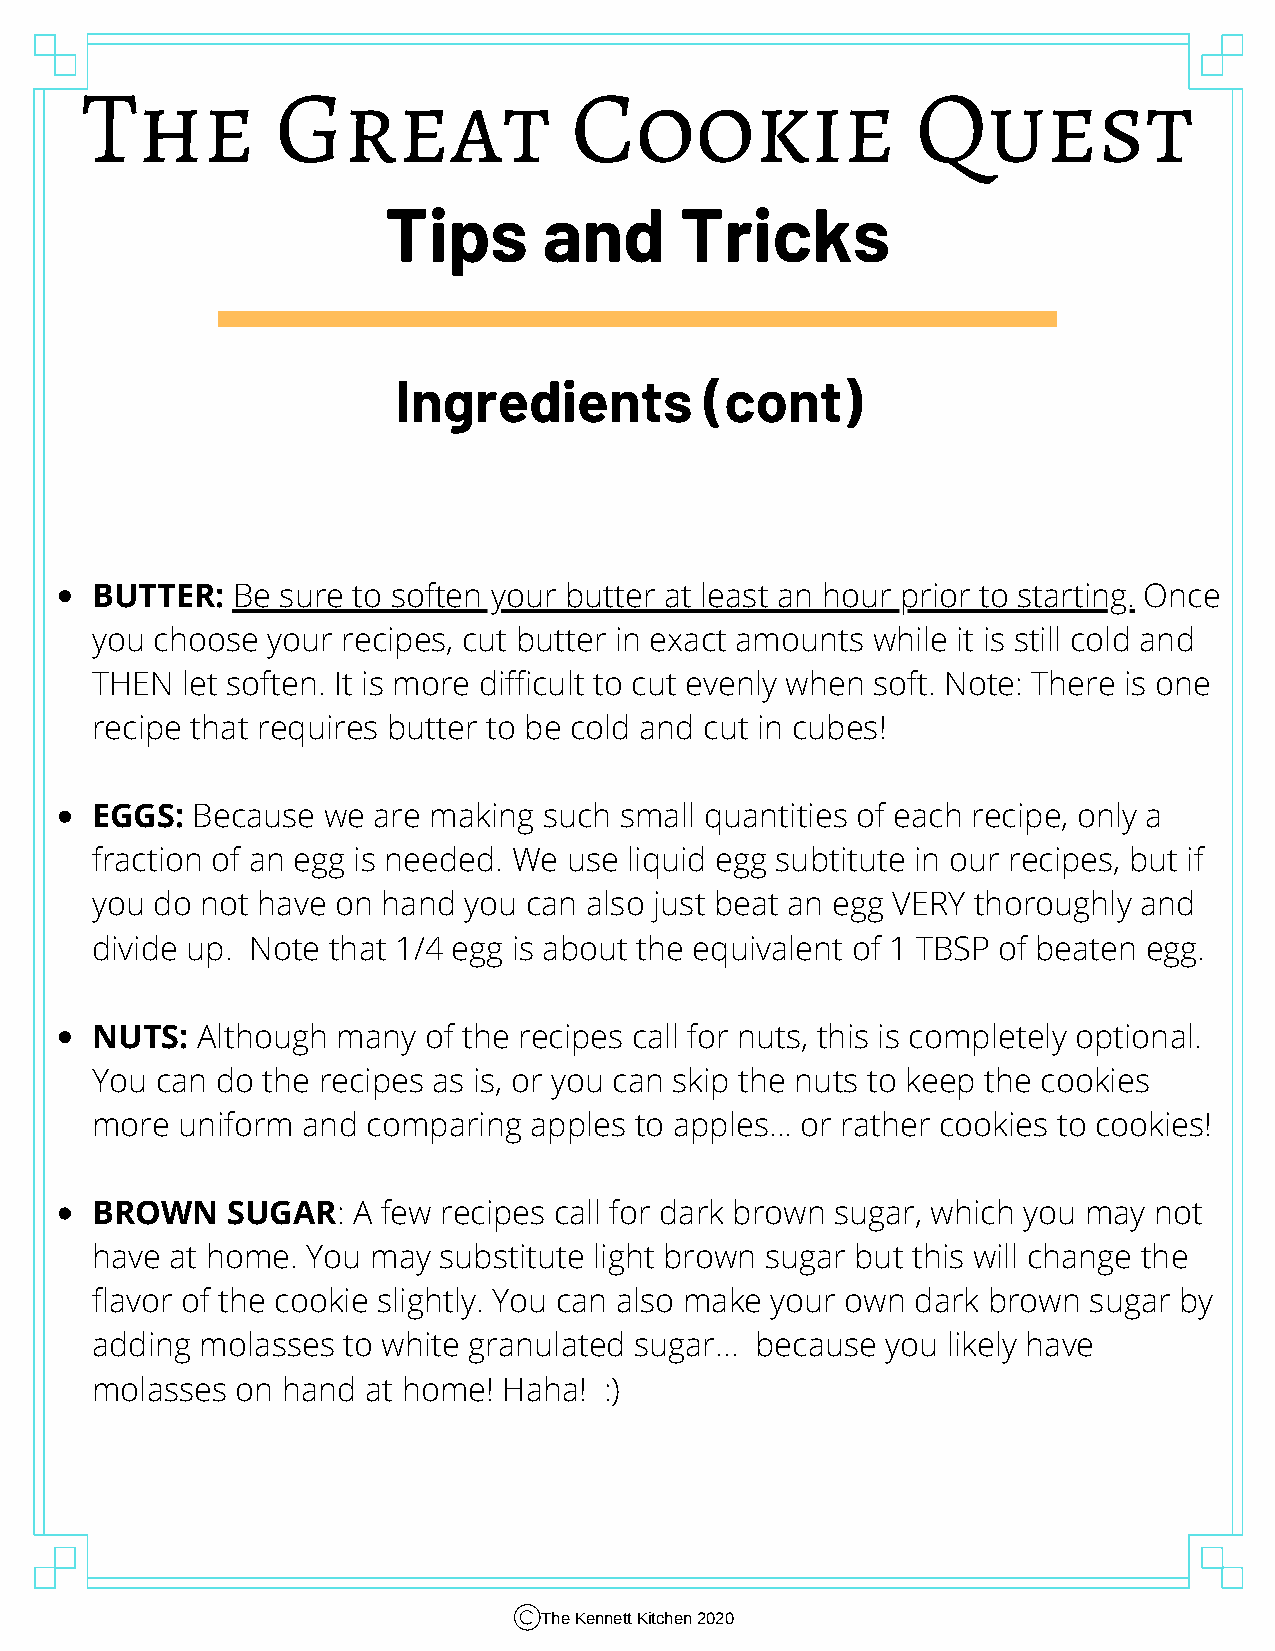
The          Great               Cookie                 Quest
 Tips       and      Tricks
 Ingredients          (cont)
 BUTTER:  Be sure to soften your butter at least an hour prior to starting. Once
 you choose  your recipes, cut butter in exact amounts while it is still cold and
 THEN  let soften. It is more difficult to cut evenly when soft. Note: There is one
 recipe that requires butter to be cold and cut in cubes!
 EGGS:  Because we  are making such small quantities of each recipe, only a
 fraction of an egg is needed. We use liquid egg subtitute in our recipes, but if
 you do not have on hand  you can also just beat an egg VERY thoroughly and
 divide up. Note that 1/4 egg is about the equivalent of 1 TBSP of beaten egg.
 NUTS:  Although many  of the recipes call for nuts, this is completely optional.
 You can do the recipes as is, or you can skip the nuts to keep the cookies
 more  uniform and comparing  apples to apples... or rather cookies to cookies!
 BROWN    SUGAR:  A few recipes call for dark brown sugar, which you may not
 have at home. You may  substitute light brown sugar but this will change the
 flavor of the cookie slightly. You can also make your own dark brown sugar by
 adding molasses  to white granulated sugar... because you likely have
 molasses  on hand at home! Haha!  :)
 The Kennett Kitchen 2020